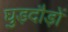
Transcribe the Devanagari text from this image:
घुड़दौड़ों